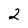
Character: 2